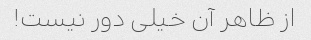
از ظاهر آن خیلی دور نیست!